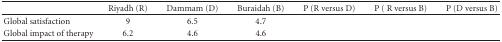
<table><thead><tr><td>[EMPTY_CELL]</td><td><b>Riyadh (R)</b></td><td><b>Dammam (D)</b></td><td><b>Buraidah (B)</b></td><td><b>P (R versus D)</b></td><td><b>P ( R versus B)</b></td><td><b>P (D versus B)</b></td></tr></thead><tbody><tr><td>Global satisfaction</td><td>9</td><td>6.5</td><td>4.7</td><td>[EMPTY_CELL]</td><td>[EMPTY_CELL]</td><td>[EMPTY_CELL]</td></tr><tr><td>Global impact of therapy</td><td>6.2</td><td>4.6</td><td>4.6</td><td>[EMPTY_CELL]</td><td>[EMPTY_CELL]</td><td>[EMPTY_CELL]</td></tr></tbody></table>